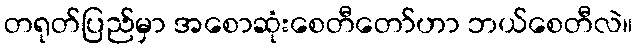
တရုတ်ပြည်မှာ အစောဆုံးစေတီတော်ဟာ ဘယ်စေတီလဲ။